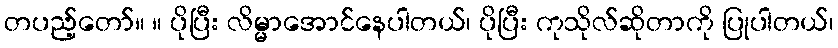
တပည့်တော်။ ။ ပိုပြီး လိမ္မာအောင်နေပါတယ်၊ ပိုပြီး ကုသိုလ်ဆိုတာကို ပြုပါတယ်၊